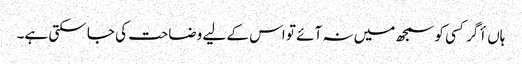
ہاں أگر کسی کو سمجھ میں نہ آئے تو اس کے لیے وضاحت کی جا سکتی ہے۔